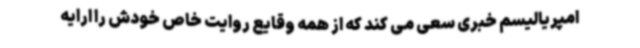
امپریالیسم خبری سعی می کند که از همه وقایع روایت خاص خودش را ارایه